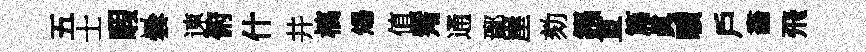
五士暇曇速俯什井槁煬值觜通鄢崖劾鏹直篇眞曠戶畵飛